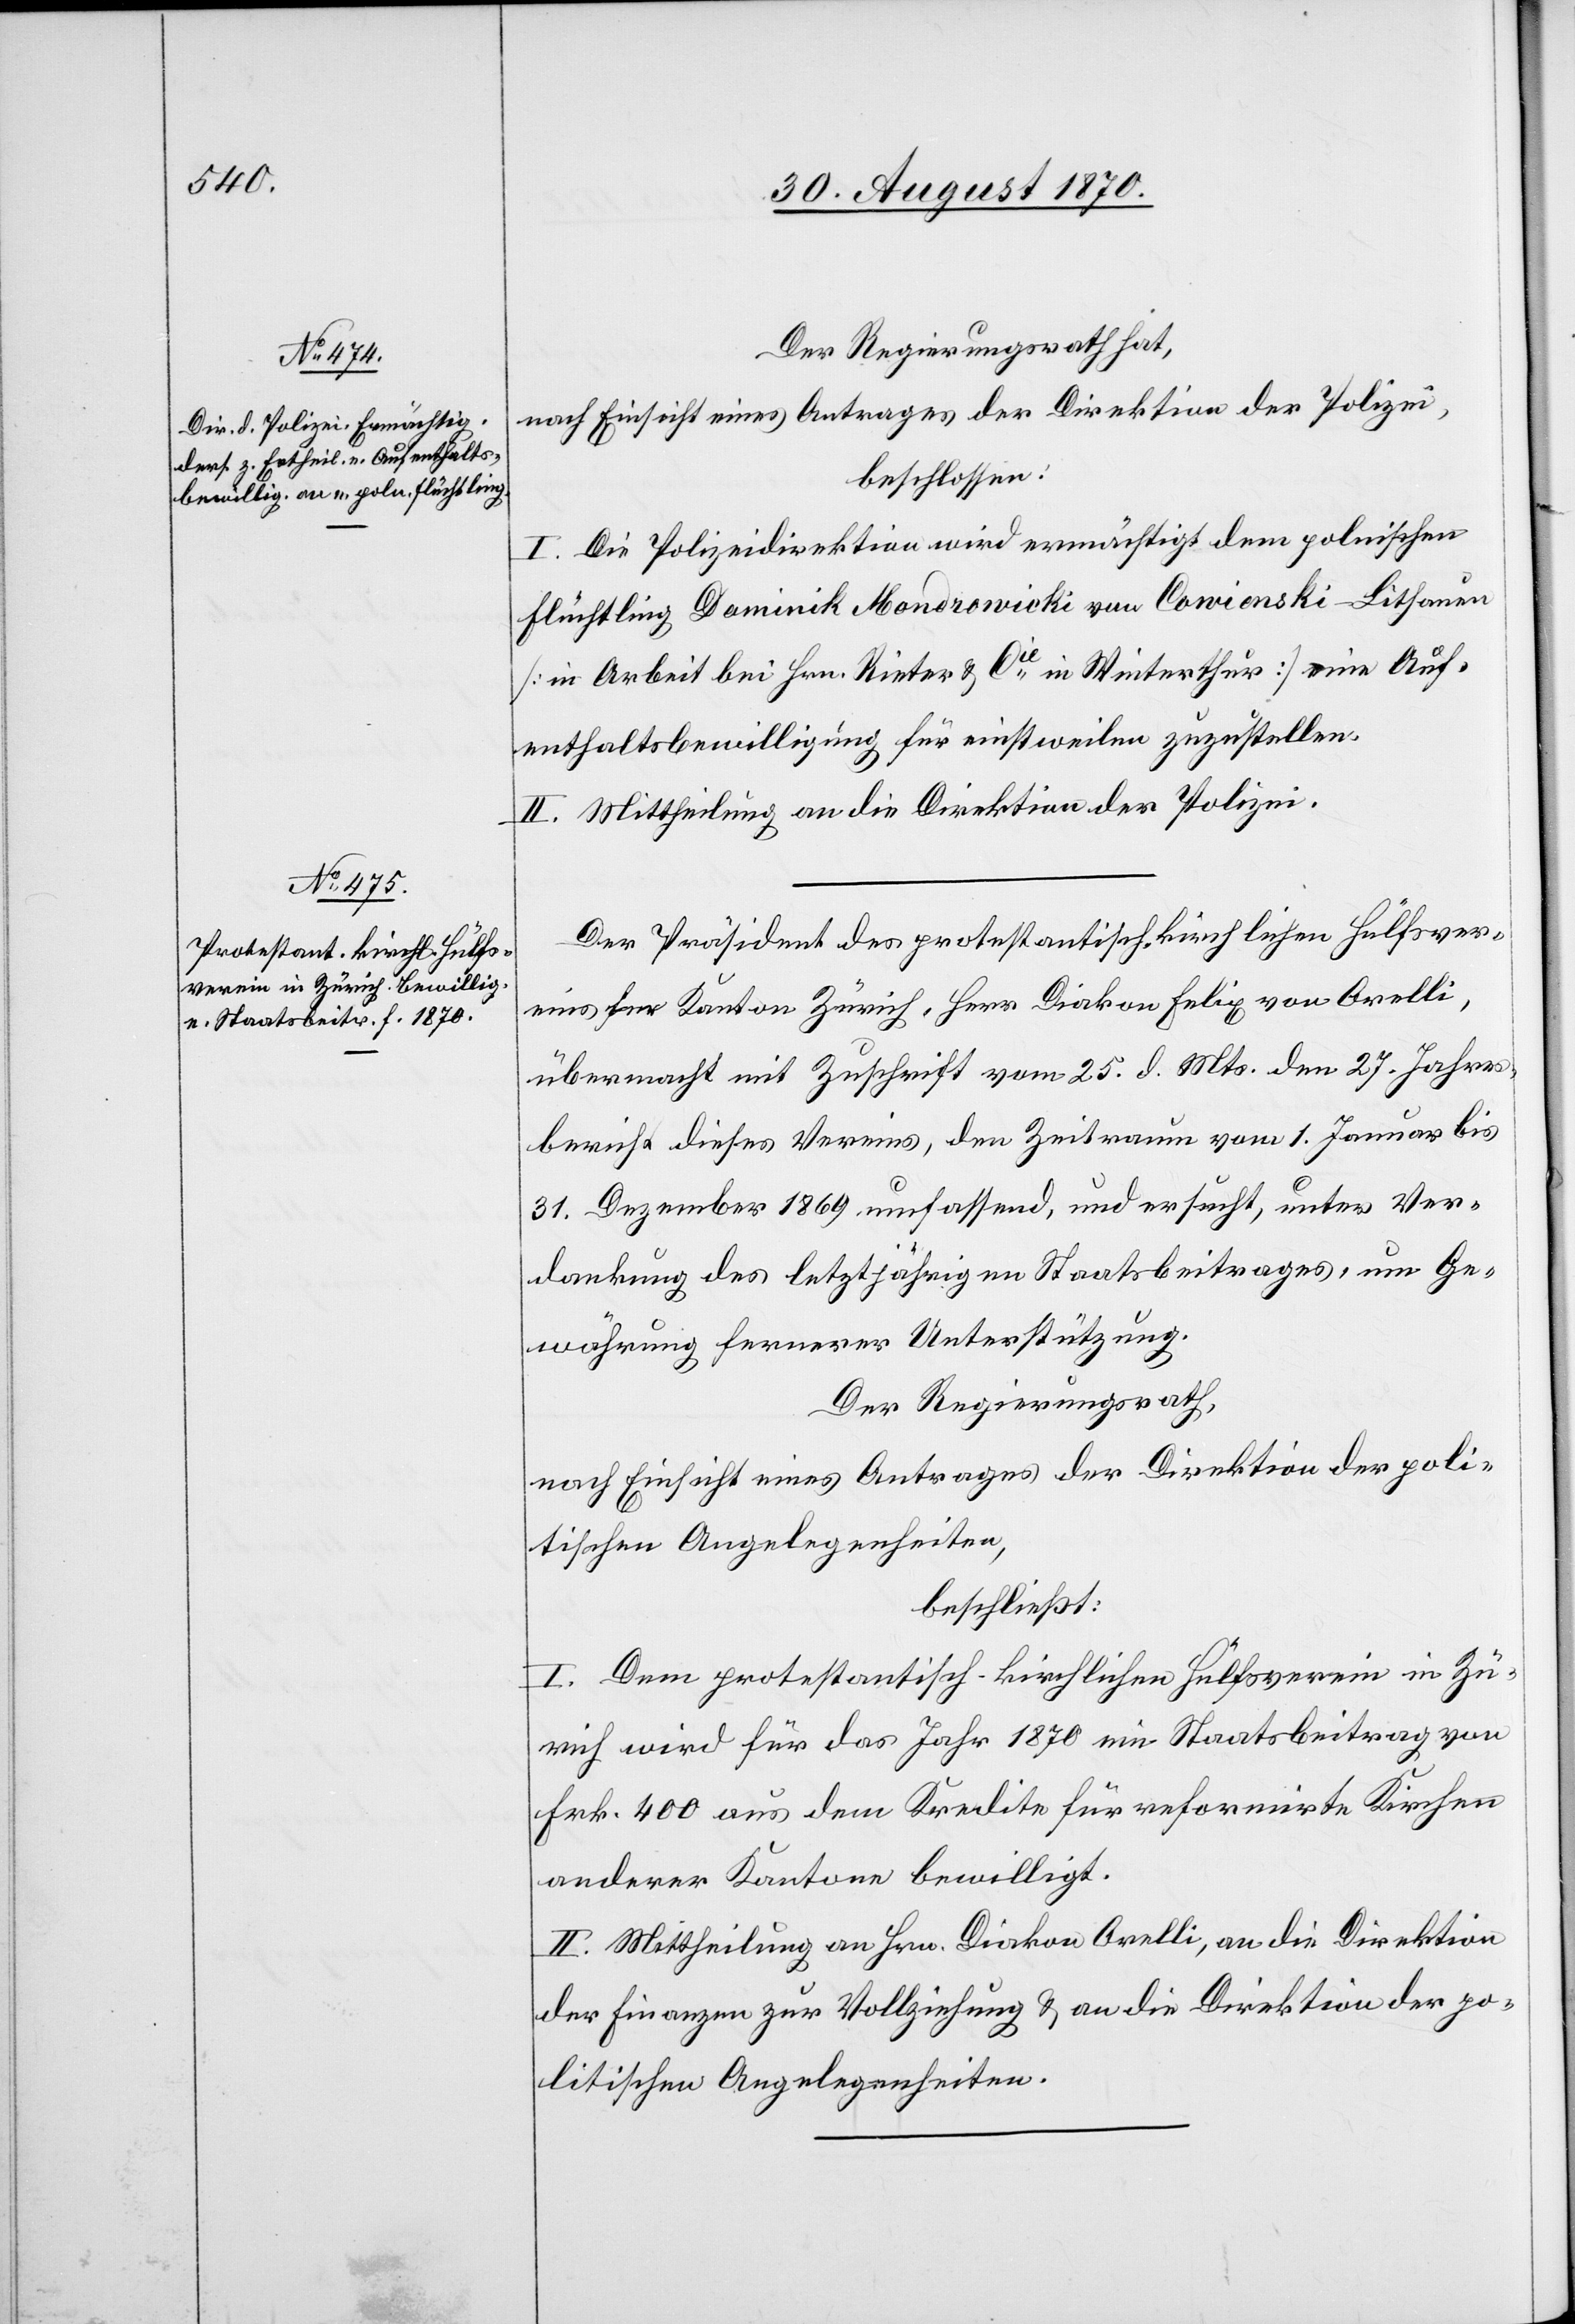
Der Regierungsrath hat,
nach Einsicht eines Antrages der Direktion der Polizei,
beschlossen:
I. Die Polizeidirektion wird ermächtigt dem polnischen
Flüchtling Dominik Mondrowicki von Cowienski - Lithauen
[in Arbeit bei Hrn. Rieter & Cie in Winterthur] eine Auf¬
enthaltsbewilligung für einstweilen zuzustellen.
II. Mittheilung an die Direktion der Polizei.
Der Präsident des protestantisch-kirchlichen Hülfsver¬
eins für Kanton Zürich, Herr Diakon Felix von Orelli,
übermacht mit Zuschrift vom 25. d. Mts. den 17. Jahres¬
bericht dieses Vereins, den Zeitraum vom 1. Januar bis
31. Dezember 1869 umfassend, und ersucht, unter Ver¬
dankung des letztjährigen Staatsbeitrages, um Ge¬
währung fernerer Unterstützung.
Der Regierungsrath,
nach Einsicht eines Antrages der Direktion der poli¬
tischen Angelegenheiten,
beschließt:
I. Dem protestantisch-kirchlichen Hülfsverein in Zü¬
rich wird für das Jahr 1870 ein Staatsbeitrag von
Frk. 400 aus dem Kredite für reformirte Kirchen
anderer Kantone bewilligt.
II. Mittheilung an Hrn. Diakon Orelli, an die Direktion
der Finanzen zur Vollziehung & an die Direktion der po¬
litischen Angelegenheiten.